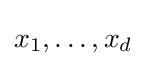
x_{1},\ldots ,x_{d}